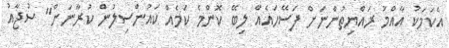
އެކަމަކު އާއްމު ރައްޔިތުންނަށް ފަސޭހައެއް ލިބޭ ކޮންމެ ކަމެއް ކައުންސިލުން ކުރާނަން" ސުޖާއު